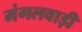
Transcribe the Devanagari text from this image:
मंगलवाड़ी